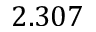
2 . 3 0 7